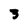
Character: 3